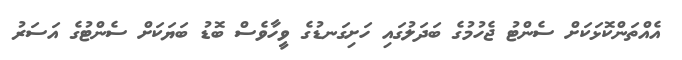
އެއްތަންކޮޅަކަށް ސެންޓު ޖެހުމުގެ ބަދަލުގައި ހަށިގަނޑުގެ ވީހާވެސް ބޮޑު ބަޔަކަށް ސެންޓުގެ އަސަރު